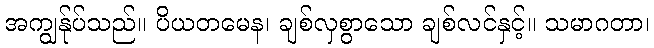
အကျွန်ုပ်သည်။ ပိယတမေန၊ ချစ်လှစွာသော ချစ်လင်နှင့်။ သမာဂတာ၊